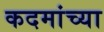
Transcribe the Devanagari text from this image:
कदमांच्या